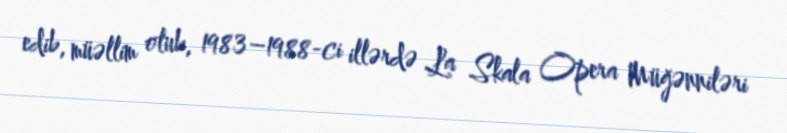
edib, müəllim olub, 1983–1988-ci illərdə La Skala Opera Müğənniləri